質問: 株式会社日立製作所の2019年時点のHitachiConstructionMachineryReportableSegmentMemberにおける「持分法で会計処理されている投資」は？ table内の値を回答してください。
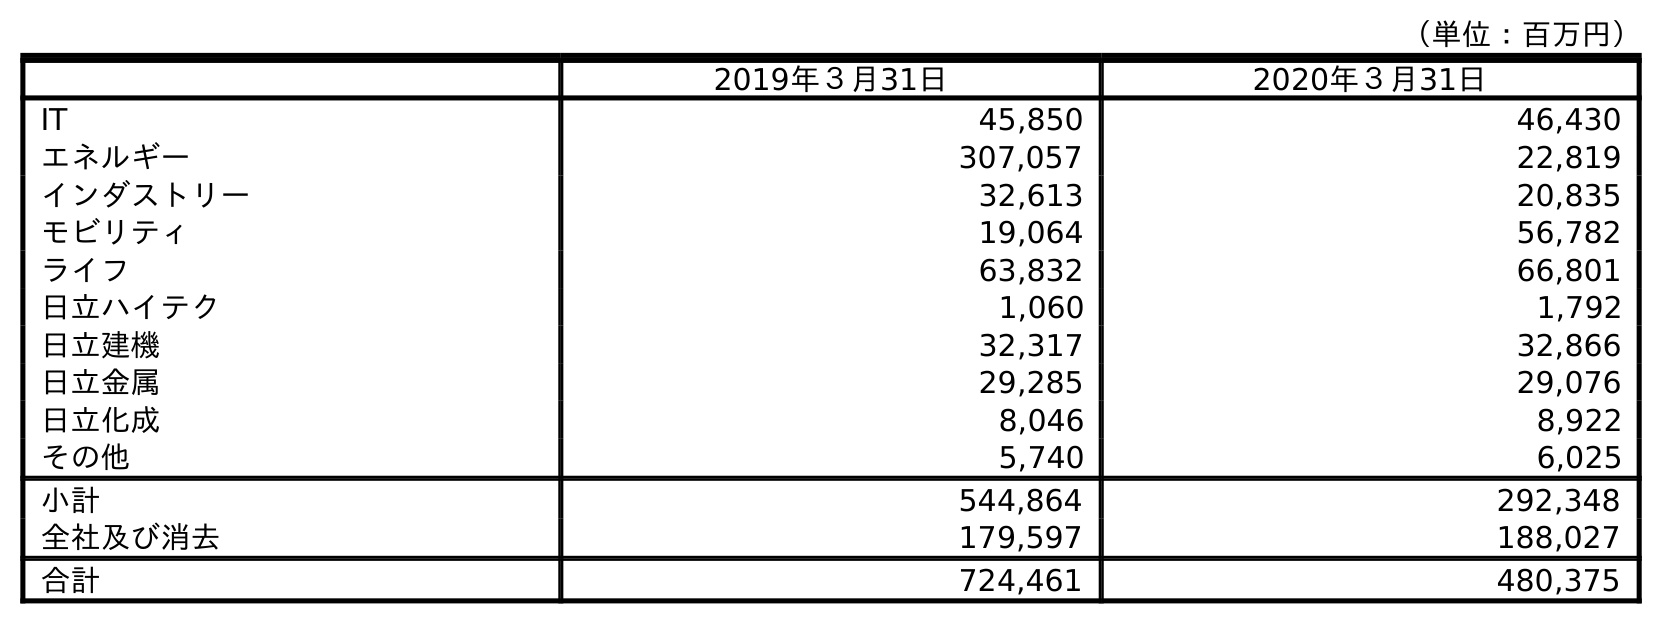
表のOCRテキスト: （単位：百万円） 2019年３月31日 2020年３月31日 IT 45,850 46,430 エネルギー 307,057 22,819 インダストリー 32,613 20,835 モビリティ 19,064 56,782 ライフ 63,832 66,801 日立ハイテク 1,060 1,792 日立建機 32,317 32,866 日立金属 29,285 29,076 日立化成 8,046 8,922 その他 5,740 6,025 小計 544,864 292,348 全社及び消去 179,597 188,027 合計 724,461 480,375
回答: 32,317